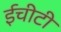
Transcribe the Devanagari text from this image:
ईचीटी